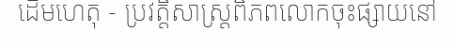
ដើមហេតុ - ប្រវត្តិសាស្ត្រពិភពលោកចុះផ្សាយនៅ